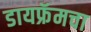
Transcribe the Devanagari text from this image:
डायफ्रॅमचा